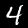
Label: 4